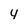
Character: y